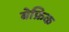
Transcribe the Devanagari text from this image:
बेफ्रिक